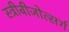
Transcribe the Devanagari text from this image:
स्त्रीबीजोत्सर्ग